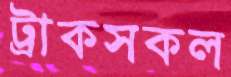
ট্রাকসকল